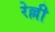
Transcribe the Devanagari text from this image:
रेल्ली